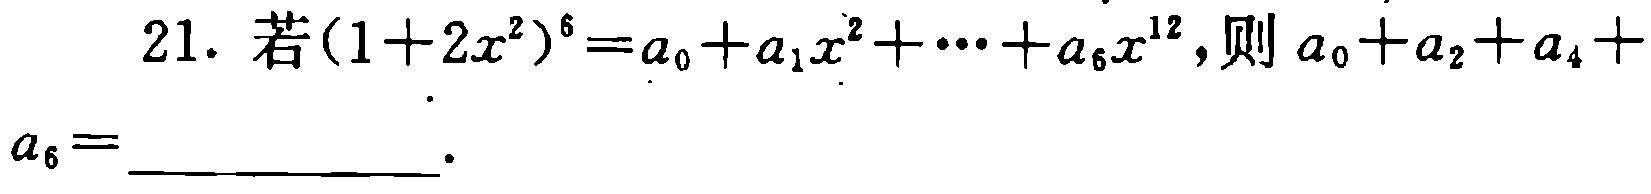
$21. \text{ 若}(1 + 2x^{2})^{6} = a_{0} + a_{1}x^{2} + \cdots + a_{6}x^{12}\text{, 则}a_{0} + a_{2} + a_{4} + a_{6} = \_\_\_\_\_\_\_.$